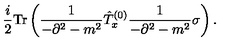
\frac { i } { 2 } \mathrm { T r } \left( \frac { 1 } { - \partial ^ { 2 } - m ^ { 2 } } \hat { T } _ { x } ^ { ( 0 ) } \frac { 1 } { - \partial ^ { 2 } - m ^ { 2 } } \sigma \right) .